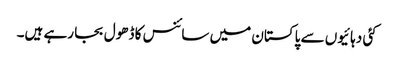
کئی دہائیوں سے پاکستان میں سائنس کا ڈھول بجا رہے ہیں۔